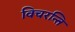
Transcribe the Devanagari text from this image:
विचरन्ति